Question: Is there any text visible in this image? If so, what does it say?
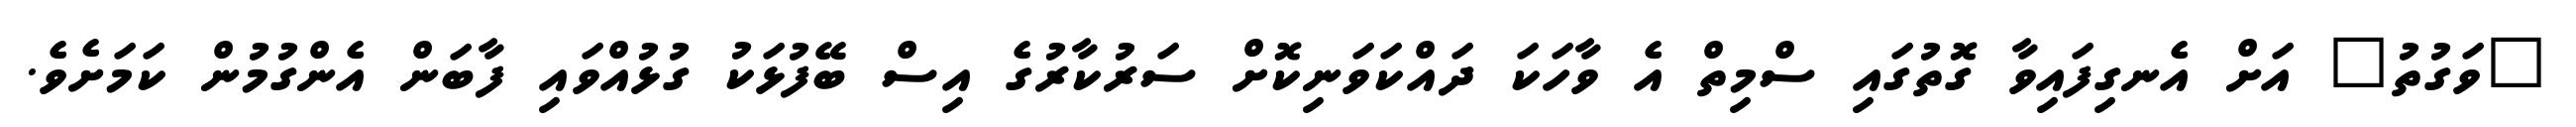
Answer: "ވަގުތު" އަށް އެނގިފައިވާ ގޮތުގައި ސްމިތް އެ ވާހަކަ ދައްކަވަނިކޮށް ސަރުކާރުގެ އިސް ބޭފުޅަކު ގުޅުއްވައި ފާބަން އެންގުމުން ކަމަށެވެ.